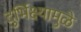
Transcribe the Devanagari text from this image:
दुर्भिक्ष्यामुळे